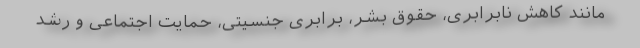
مانند کاهش نابرابری، حقوق بشر، برابری جنسیتی، حمایت اجتماعی و رشد